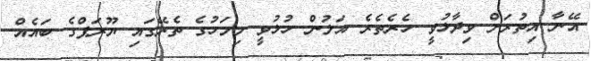
އޭނާ އިތުރަށް ވިދާޅުވީ ހެރެތެރެ އަލުން ހުޅުވީ މިމަހުގެ ތެރޭގައި ޔޫރަޕްގެ ބައެއް